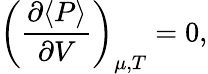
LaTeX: \left({\frac{\partial\langle P\rangle}{\partial V}}\right)_{\mu,T}=0,